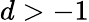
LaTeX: d>-1